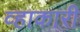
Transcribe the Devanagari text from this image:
व्हाकारी